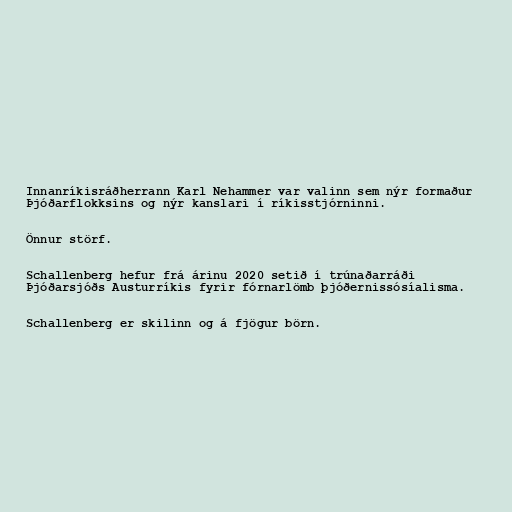
Innanríkisráðherrann Karl Nehammer var valinn sem nýr formaður
Þjóðarflokksins og nýr kanslari í ríkisstjórninni.

Önnur störf.

Schallenberg hefur frá árinu 2020 setið í trúnaðarráði
Þjóðarsjóðs Austurríkis fyrir fórnarlömb þjóðernissósíalisma.

Schallenberg er skilinn og á fjögur börn.